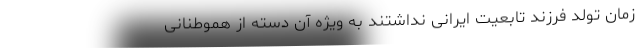
زمان تولد فرزند تابعیت ایرانی نداشتند به ویژه آن دسته از هموطنانی